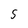
Character: 5